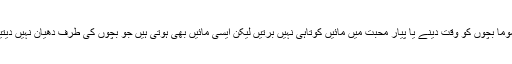
عموماً بچوں کو وقت دینے یا پیار محبت میں مائیں کوتاہی نہیں برتیں لیکن ایسی مائیں بھی ہوتی ہیں جو بچوں کی طرف دھیان نہیں دیتیں۔